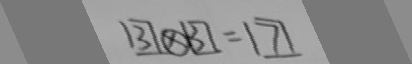
3 \times 3 = 7